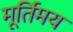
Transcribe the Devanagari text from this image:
मूर्तिमय